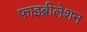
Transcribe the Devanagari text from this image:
फाइब्रीलेशन